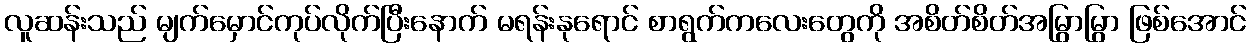
လူဆန်းသည် မျက်မှောင်ကုပ်လိုက်ပြီးနောက် မရန်းနုရောင် စာရွက်ကလေးတွေကို အစိတ်စိတ်အမြွာမြွာ ဖြစ်အောင်